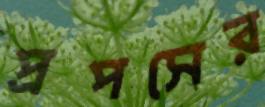
প্রপসের